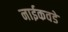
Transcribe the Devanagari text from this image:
नाईकवडे